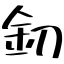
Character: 釖